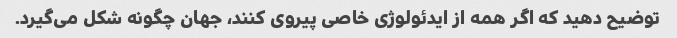
توضیح دهید که اگر همه از ایدئولوژی خاصی پیروی کنند، جهان چگونه شکل می‌گیرد.